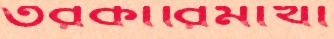
তরকারিমাখা